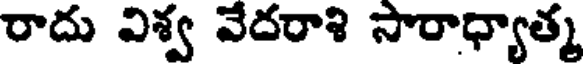
రాదు విశ్వ వేదరాశి సారాధ్యాత్మ